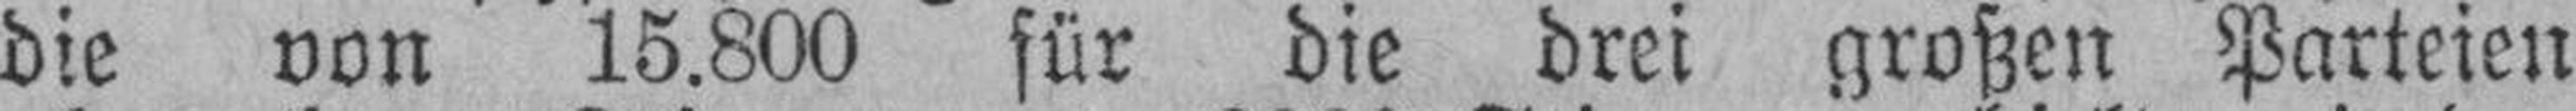
die von 15.800 für die drei großen Parteien